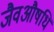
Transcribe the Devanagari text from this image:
जैवऔषधि